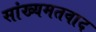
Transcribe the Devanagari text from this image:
सांख्यमतवाद